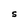
Character: S